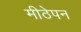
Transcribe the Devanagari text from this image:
मीठेपन